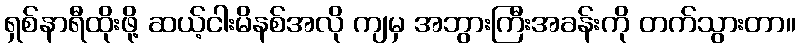
ရှစ်နာရီထိုးဖို့ ဆယ့်ငါးမိနစ်အလို ကျမှ အဘွားကြီးအခန်းကို တက်သွားတာ။